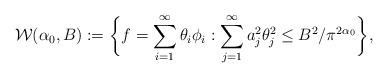
LaTeX: \begin{align*}\mathcal{W}(\alpha_{0},B):= \bigg{\{} f=\sum_{i=1}^{\infty}\theta_{i}\phi_{i} : \sum_{j=1}^{\infty}a_{j}^2 \theta_{j}^{2} \leq B^2 / \pi^{2\alpha_{0}} \bigg{\}} ,\end{align*}